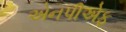
એનપીએફ